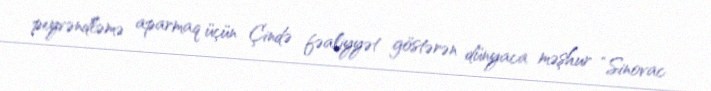
peyvəndləmə aparmaq üçün Çində fəaliyyət göstərən dünyaca məşhur “Sinovac